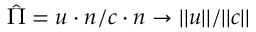
\hat { \Pi } = \boldsymbol { u } \cdot \boldsymbol { n } / \boldsymbol { c } \cdot \boldsymbol { n } \to | | \boldsymbol { u } | | / | | \boldsymbol { c } | |